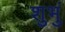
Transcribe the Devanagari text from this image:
शुभुं